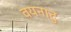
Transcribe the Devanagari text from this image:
वयनाटु